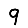
Digit: 9